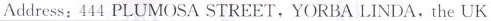
Address: 444 PLUMOSA STREET. YORBA LINDA. The UK